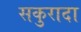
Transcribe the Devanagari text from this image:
सकुरादा